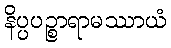
နိပ္ပပဉ္စာရာမဿာယံ